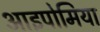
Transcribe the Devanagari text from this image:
आइपोमिया